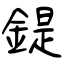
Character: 鍉